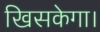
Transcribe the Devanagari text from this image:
खिसकेगा।